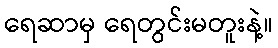
ရေဆာမှ ရေတွင်းမတူးနဲ့။